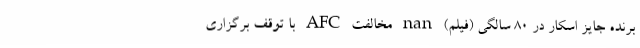
برنده جایز اسکار در 80 سالگی (فیلم) nan مخالفت AFC با توقف برگزاری